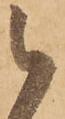
被